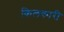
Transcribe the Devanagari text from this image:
किलकारी